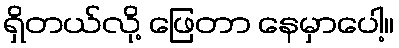
ရှိတယ်လို့ ဖြေတာ နေမှာပေါ့။